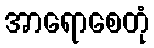
အာရောစေတုံ